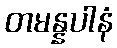
တမန္နပါနံ